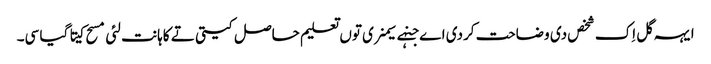
ایہہ گل اِک شخص دی وضاحت کردی اے جنہے سیمنری توں تعلیم حاصل کیتی تے کاہانت لئی مسح کیتا گیا سی۔